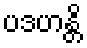
ပဒဟန္တိ